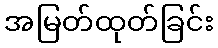
အမြတ်ထုတ်ခြင်း